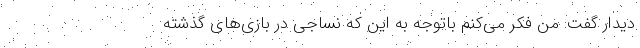
دیدار گفت: من فکر می‌کنم باتوجه به این که نساجی در بازی‌های گذشته